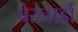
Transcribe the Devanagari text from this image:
बेरनार्डो